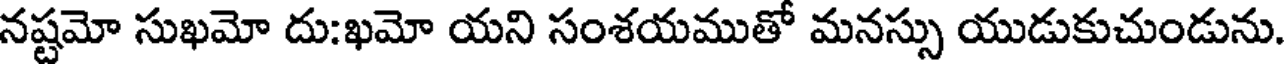
నష్టమో సుఖమో దు:ఖమో యని సంశయముతో మనస్సు యుడుకుచుండును.